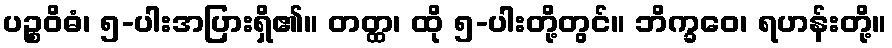
ပဉ္စဝိဓံ၊ ၅-ပါးအပြားရှိ၏။ တတ္ထ၊ ထို ၅-ပါးတို့တွင်။ ဘိက္ခဝေ၊ ရဟန်းတို့။